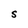
Character: s